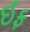
ઈફ